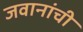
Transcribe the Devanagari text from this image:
जवानांची